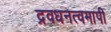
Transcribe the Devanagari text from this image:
द्रवधनत्वमापी